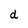
Character: d